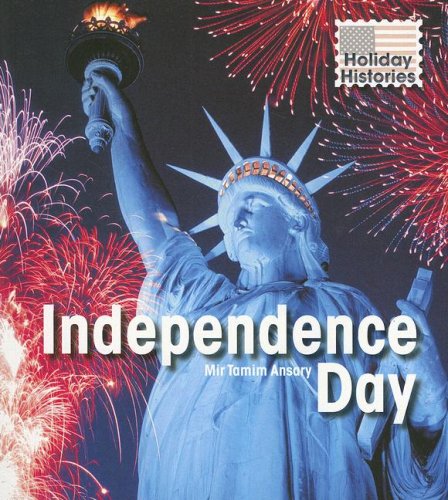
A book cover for Independence Day (Holiday Histories); Mir Tamim Ansary; Children's Books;